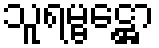
သူရမ္ဗဋ္ဌော